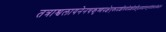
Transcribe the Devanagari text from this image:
तत्राश्वलायनेनचकृष्णपक्षेएकादशीत्रयोदशीदर्शेषुअषाढाफल्गुनीप्रोष्ठपदाभिन्नर्क्षेउक्तं